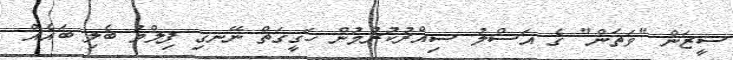
ސީޒަން "ވަތަން" ގެ އަސްލު ސިއްރުކުރުމުން ހަގީގަތް ނޭނގި ފިލްމު ބެލި ބައެއް